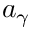
a _ { \gamma }